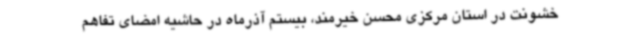
خشونت در استان مرکزی محسن خیرمند، بیستم آذرماه در حاشیه امضای تفاهم